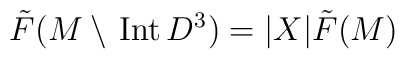
\tilde{F}(M\setminus\,{\rm Int}\, D^3)= |X|\tilde{F}(M)